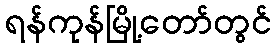
ရန်ကုန်မြို့တော်တွင်